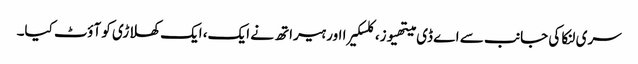
سری لنکا کی جانب سے اے ڈی میتھیوز، کلسکیرا اور ہیراتھ نے ایک، ایک کھلاڑی کو آؤٹ کیا۔